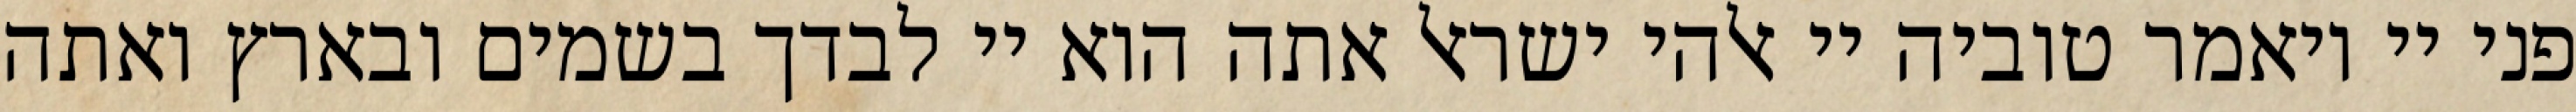
פני יי ויאמר טוביה יי אלהי ישראל אתה הוא יי לבדך בשמים ובארץ ואתה